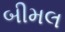
બીમલ